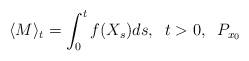
LaTeX: \begin{align*}\langle M \rangle _t = \int _0^t f(X_s)ds, \;\; t>0, \;\; P_{x_0} \end{align*}